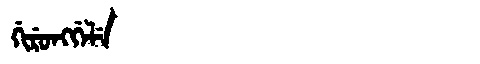
Manchu: ᡤᡳᡵᡠᠩᡤᡝᠯᡝ
Romanization: GIRUNGGELE